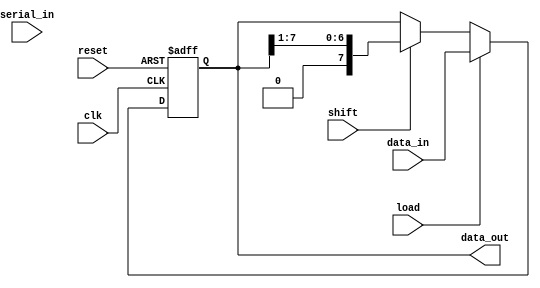
module ParameterizedShiftRegister #(
    parameter WIDTH = 8,          // Parameterized width of the shift register
    parameter SHIFT_DIRECTION = 0 // 0 for right shift, 1 for left shift
)(
    input wire clk,               // Clock signal
    input wire reset,             // Asynchronous reset signal
    input wire [WIDTH-1:0] data_in, // Parallel input data
    input wire serial_in,         // Serial input data (if needed)
    input wire load,              // Load signal for parallel input
    input wire shift,             // Shift signal for shifting operation
    output reg [WIDTH-1:0] data_out // Parallel output data
);

    // Internal register to hold the current state of the shift register
    reg [WIDTH-1:0] shift_reg;

    // Asynchronous reset and synchronous operation
    always @(posedge clk or posedge reset) begin
        if (reset) begin
            shift_reg <= {WIDTH{1'b0}}; // Initialize to zero on reset
        end else if (load) begin
            shift_reg <= data_in; // Load parallel data into the shift register
        end else if (shift) begin
            if (SHIFT_DIRECTION == 0) begin
                // Right shift
                shift_reg <= {1'b0, shift_reg[WIDTH-1:1]};
            end else begin
                // Left shift
                shift_reg <= {shift_reg[WIDTH-2:0], 1'b0};
            end
        end
    end

    // Output the current state of the shift register
    always @(*) begin
        data_out = shift_reg; // Output the current state
    end

endmodule